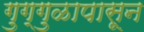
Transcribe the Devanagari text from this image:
गुग्गुळापासून